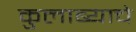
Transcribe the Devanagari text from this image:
कुलाब्याचे